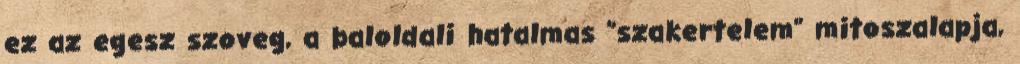
ez az egesz szoveg, a baloldali hatalmas "szakertelem" mitoszalapja,